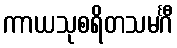
ကာယသုစရိတသမင်္ဂီ